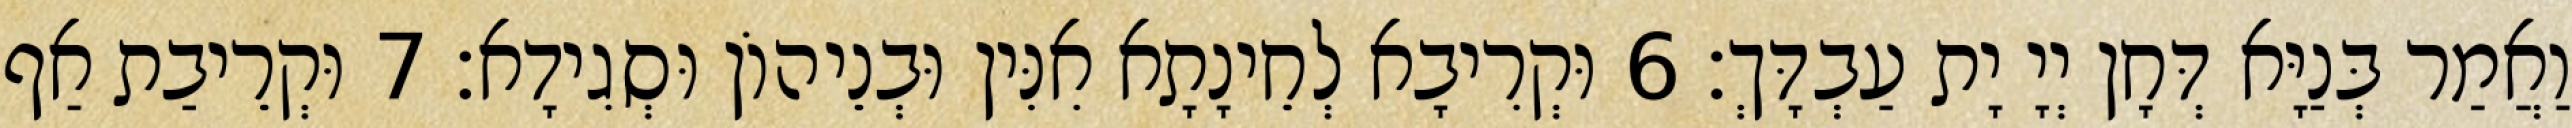
וַאֲמַר בְּנַיָּא דְּחָן יְיָ יָת עַבְדָּךְ׃ 6 וּקְרִיבָא לְחֵינָתָא אִנִּין וּבְנֵיהוֹן וּסְגִידָא׃ 7 וּקְרֵיבַת אַף